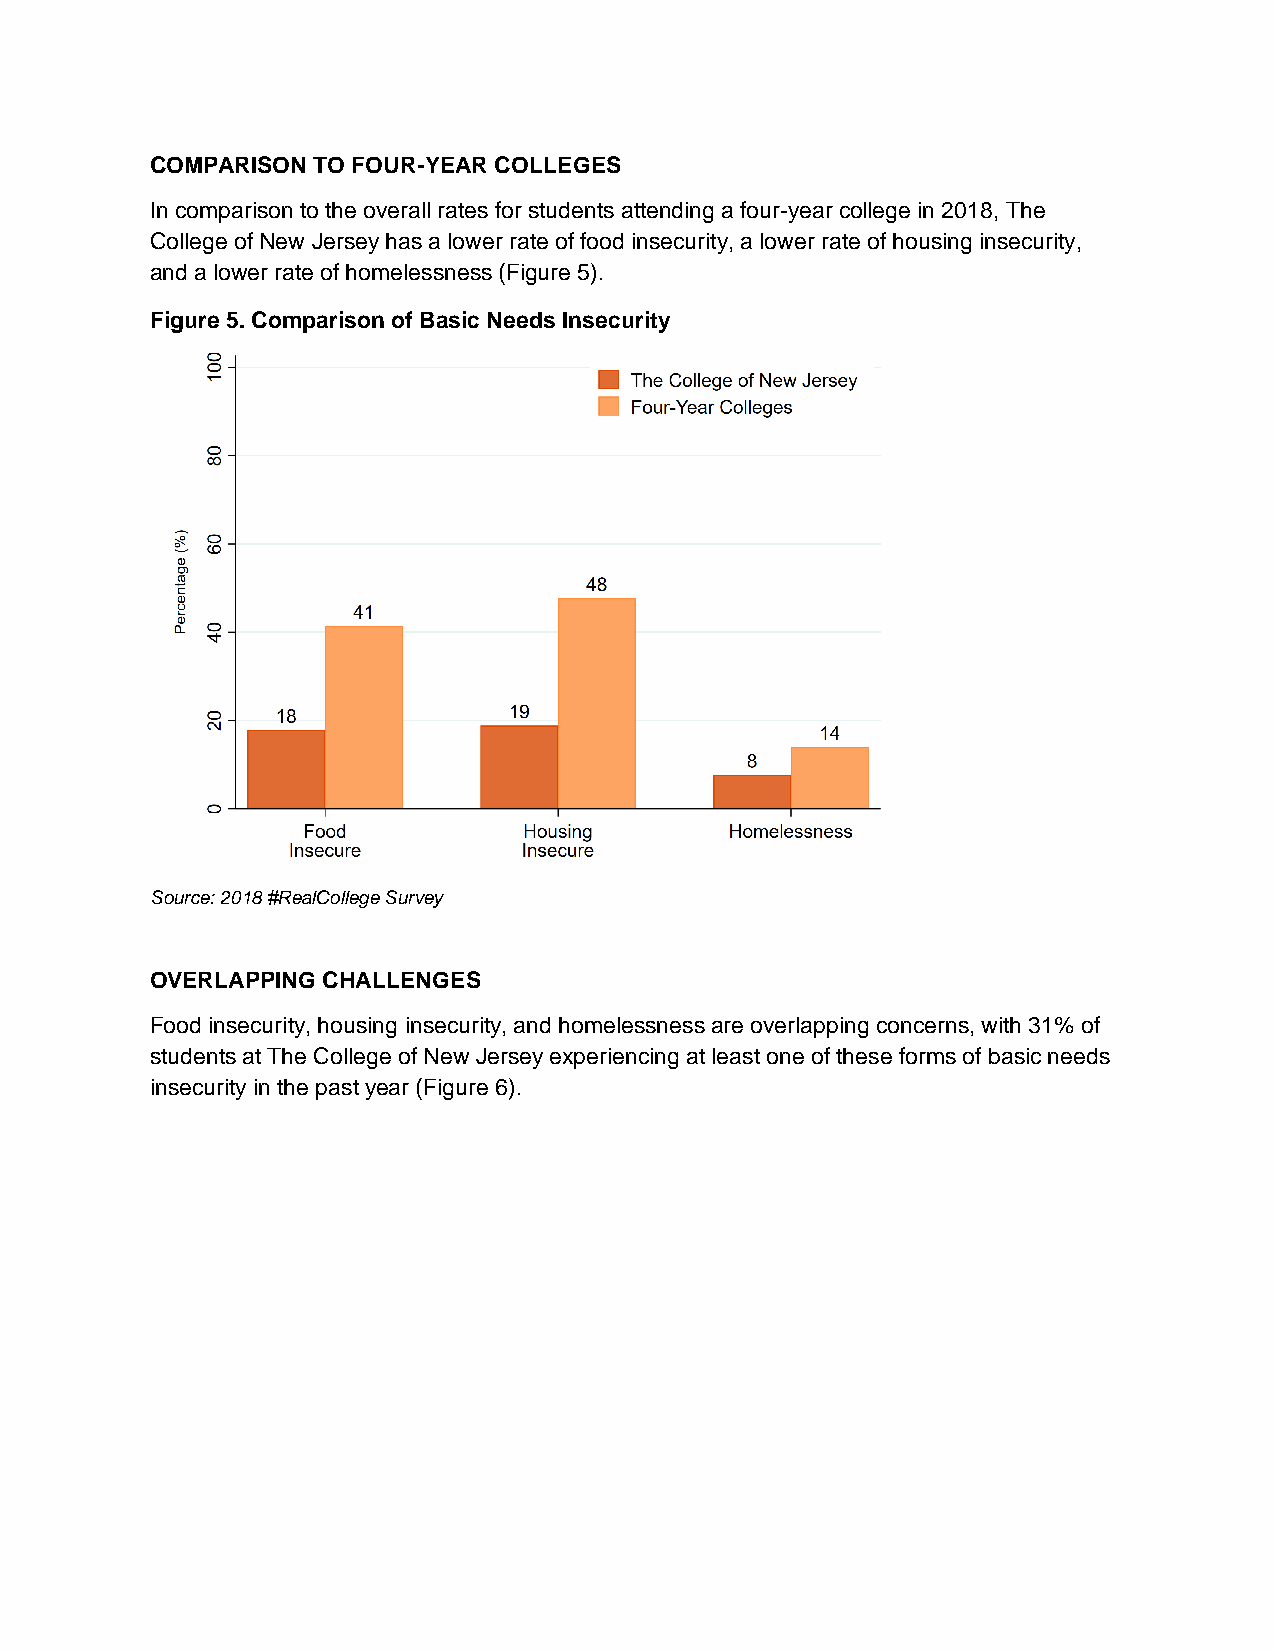
COMPARISON TO FOUR-YEAR COLLEGES
 In comparison to the overall rates for students attending a four-year college in 2018, The
 College of New Jersey has a lower rate of food insecurity, a lower rate of housing insecurity,
 and a lower rate of homelessness (Figure 5).
 Figure 5. Comparison of Basic Needs Insecurity
 Source: 2018 #RealCollege Survey
 OVERLAPPING CHALLENGES
 Food insecurity, housing insecurity, and homelessness are overlapping concerns, with 31% of
 students at The College of New Jersey experiencing at least one of these forms of basic needs
 insecurity in the past year (Figure 6).